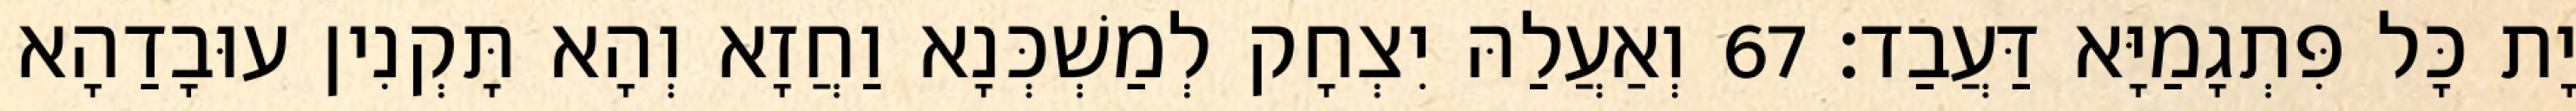
יָת כָּל פִּתְגָמַיָּא דַּעֲבַד׃ 67 וְאַעֲלַהּ יִצְחָק לְמַשְׁכְּנָא וַחֲזָא וְהָא תָּקְנִין עוּבָדַהָא